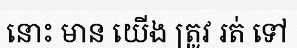
នោះ មាន យើង ត្រូវ រត់ ទៅ